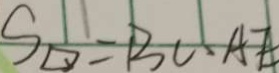
S _ { \square } = B C \cdot A E